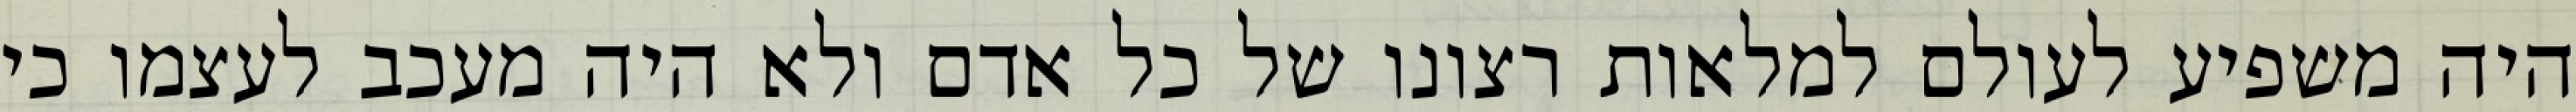
היה משפיע לעולם למלאות רצונו של כל אדם ולא היה מעכב לעצמו כי